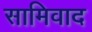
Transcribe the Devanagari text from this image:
सामिवाद